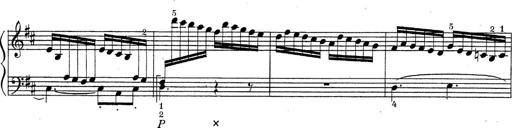
Title: ÄŒeskÃ© Sonatiny
Composer: Various